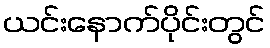
ယင်းနောက်ပိုင်းတွင်